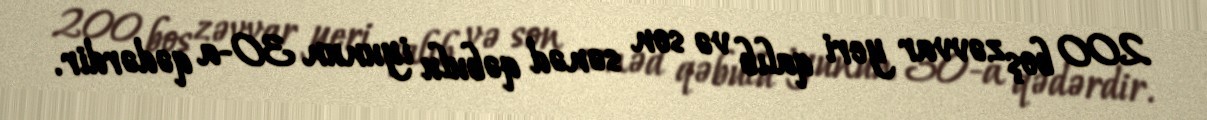
200 boş zəvvar yeri qalıb və son sənəd qəbulu iyunun 30-a qədərdir.